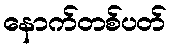
နောက်တစ်ပတ်